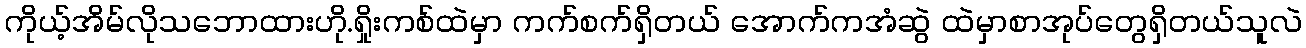
ကိုယ့်အိမ်လိုသဘောထားဟို.ရှိုးကစ်ထဲမှာ ကက်စက်ရှိတယ် အောက်ကအံဆွဲ ထဲမှာစာအုပ်တွေရှိတယ်သူလဲ